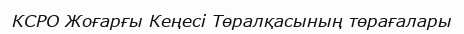
КСРО Жоғарғы Кеңесі Төралқасының төрағалары